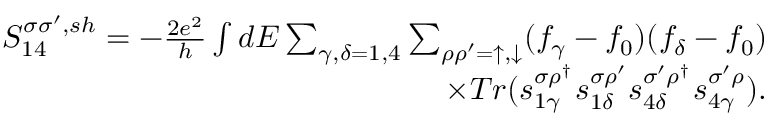
\begin{array} { r } { { S _ { 1 4 } ^ { \sigma \sigma ^ { \prime } , s h } } = - \frac { 2 e ^ { 2 } } { h } \int d E \sum _ { \gamma , \delta = 1 , 4 } \sum _ { \rho \rho ^ { \prime } = \uparrow , \downarrow } ( f _ { \gamma } - f _ { 0 } ) ( f _ { \delta } - f _ { 0 } ) } \\ { \times T r ( s _ { 1 \gamma } ^ { \sigma \rho ^ { \dagger } } s _ { 1 \delta } ^ { \sigma \rho ^ { \prime } } s _ { 4 \delta } ^ { \sigma ^ { \prime } \rho ^ { \dagger } } s _ { 4 \gamma } ^ { \sigma ^ { \prime } \rho } ) . } \end{array}